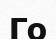
Го